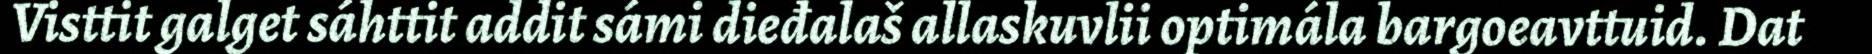
Visttit galget sáhttit addit sámi dieđalaš allaskuvlii optimála bargoeavttuid. Dat